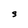
Character: S